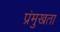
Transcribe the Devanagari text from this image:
प्रंमुखता